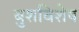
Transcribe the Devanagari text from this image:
बुशविशेष